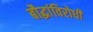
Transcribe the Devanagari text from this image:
बौद्धांविरोधी